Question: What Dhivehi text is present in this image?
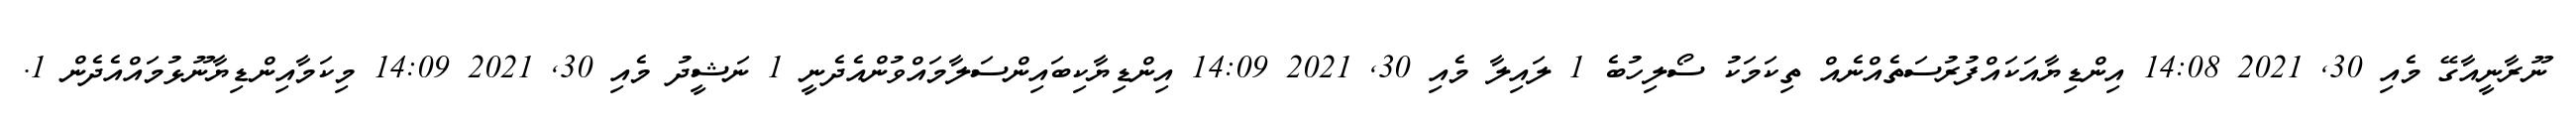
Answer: ނޫރާނީއާގޭ މެއި 30, 2021 14:08 އިންޑިޔާއަކައްފުރުސަތެއްނެއް ތިކަމަކު ސޯލިހުބެ 1 ލައިލާ މެއި 30, 2021 14:09 އިންޑިޔާކިބައިންސަލާމައްވުންއެދެނީ 1 ނަޝީދު މެއި 30, 2021 14:09 މިކަމާއިންޑިޔާނޫޅުމައްއެދެން 1.